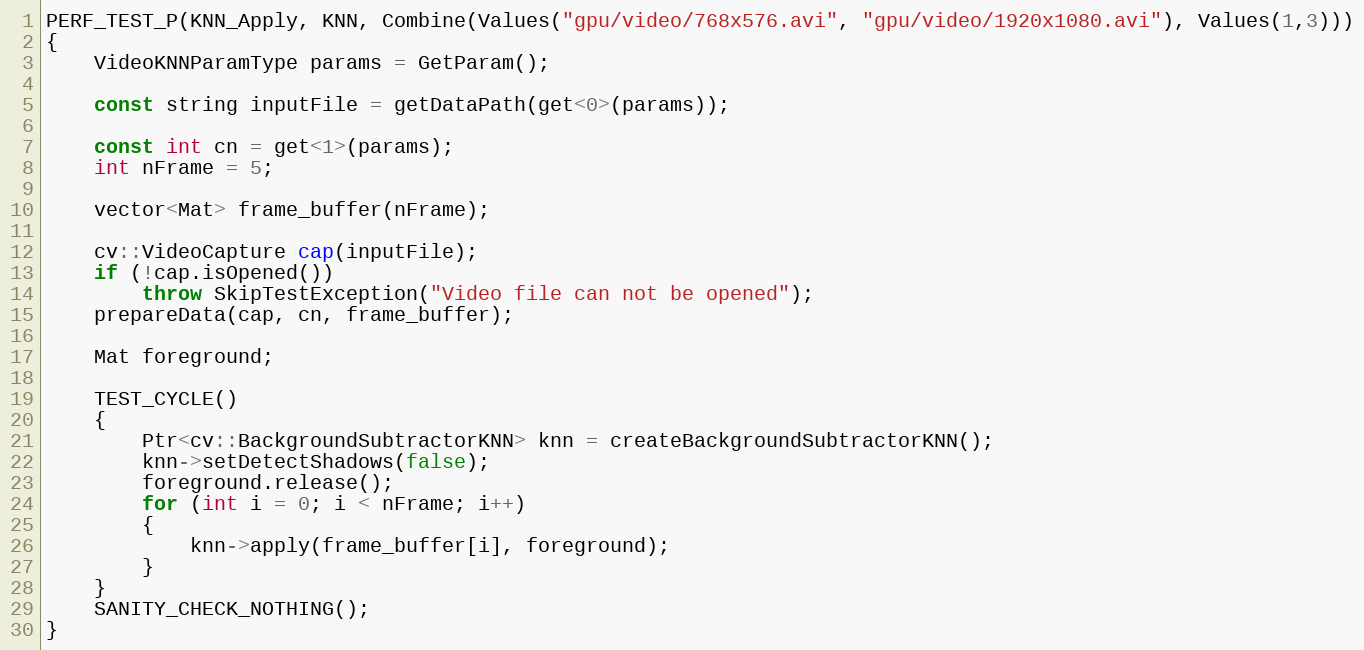
Language: C++
PERF_TEST_P(KNN_Apply, KNN, Combine(Values("gpu/video/768x576.avi", "gpu/video/1920x1080.avi"), Values(1,3)))
{
    VideoKNNParamType params = GetParam();

    const string inputFile = getDataPath(get<0>(params));

    const int cn = get<1>(params);
    int nFrame = 5;

    vector<Mat> frame_buffer(nFrame);

    cv::VideoCapture cap(inputFile);
    if (!cap.isOpened())
        throw SkipTestException("Video file can not be opened");
    prepareData(cap, cn, frame_buffer);

    Mat foreground;

    TEST_CYCLE()
    {
        Ptr<cv::BackgroundSubtractorKNN> knn = createBackgroundSubtractorKNN();
        knn->setDetectShadows(false);
        foreground.release();
        for (int i = 0; i < nFrame; i++)
        {
            knn->apply(frame_buffer[i], foreground);
        }
    }
    SANITY_CHECK_NOTHING();
}